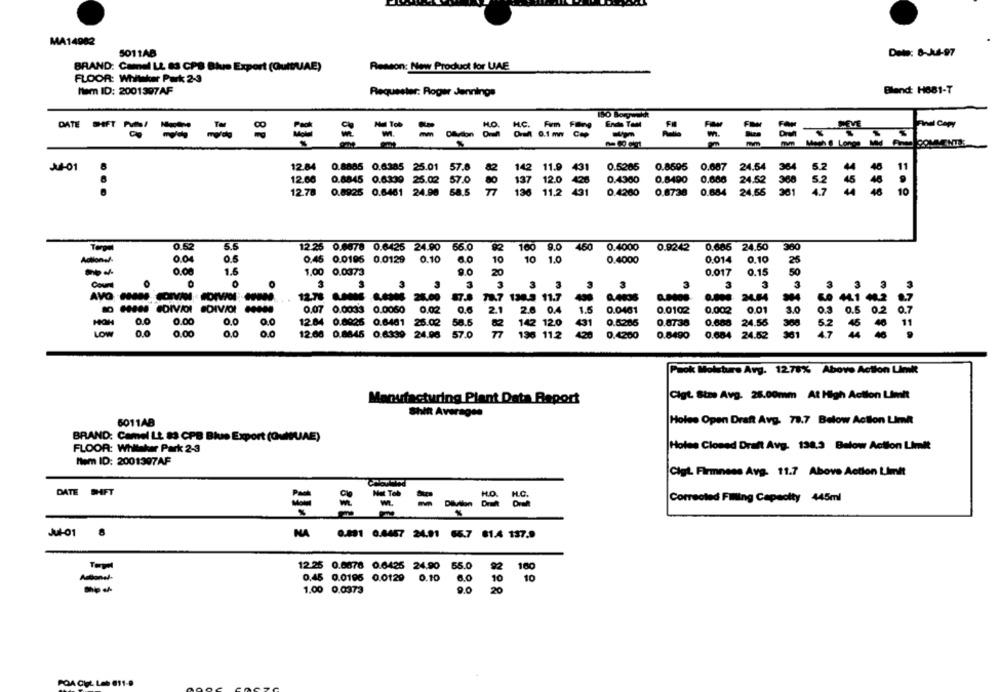
MA14982
5011AB
Deto: 8-Jul-97
BRAND: Camel LL 83 CPS Blue Export (Quit/UAE)
Reason: New Product for UAE
FLOOR: Whitaker Park 2-3
Blend: H681-T
Nem ID: 2001397AF
Requester: Roger Jennings
Mul Tob
Ends Tam
Pod Copy
=
= === =
=
=
=
COM
11.9 431
0.687
24.54
A4-01
12.84 0.8885 0.6385 25.01 57.8
82
142
0.5285
0.8695
5.2
12.00
0.8845 0.6339 25.02 57.0
12.0
0.4360
0.8490
0.686
80
137
-
24.52
300
12.78
0.8925 0.6461 24.96 58.5 77
11.2 431
431
0.4260
0.8738
0.684 24.56
361
48
10
...
0.52
5.5
12.26 0.6678 0.6425 24.90
66.0
100 9.0 450 0.4000
0.9242 0.686 24.50
300
0.04
0.45 0.0195 0.0129 0.10
6.0
10
10 1.0
0.4000
0.014
0.10
26
1.5
0.00
1.00 0.0373
9.0
20
0.017
0.15
50
Cou
0
3
3
3
3
3
3
3
3
3
3 3
3
3
AVO
12.78 6.0006 6.6346 25.00
87.4
130.3 11.7
430
0.000 24.84
@DIVAI
.DIVIOL
0.07 0.0033 0.0050 0.02
0.6
2.1
2.6 0.4
1.5
0.0461
0.0102
0.002
0.01
30
0.7
0.0
0.00
0.0
0.0
12.84 0.8026 0.6461 25.02
58.5
142 12.0
431
0.5285
0.6738
0.688 24.55
5.2
LOW
0.00
0.0
00
12.00 0.8845 0.6339 24.96
57.0
77
136 11.2
420
0.4200
0.8490
0.684 24.52
Paok Moisture Avg. 1275% Above Action Link
Manufacturing Plant Data Raport
Cigt. Stre Avg. 25.00mm At High Action Limit
Shift Averages
6011AB
Holes Open Draft Avg. 73.7 Below Action Limit
BRAND: Camel Lt. 83 CPB Blue Export (GulLAE)
FLOOR: Whitaker Park 2-3
Holes Cloned Draft Avg. 138.3 Below Action Limit
Nem ID: 2001397AF
Cigl. Firmness Avg. 11.7 Above Action Limit
DATE SHIFT
Corrected Filing Capacity 445ml
m.
- - --
=
NA
0.891 0.4467 24.91 66.7 81.4 137.9
12.25 0.6678 0.6425 24.90 55.0
92
160
0,45 0.0195 0.0129 0.10
6.0
10
10
1.00 0.0373
9.0
20
POA Cigt. Leb 011-8